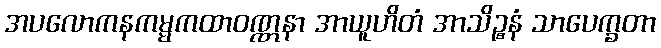
အပလောကနကမ္မကထာဝဏ္ဏနာ အာယူဟိတံ အာသိဉ္စနံ သာပေက္ခတာ